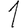
Digit: 1